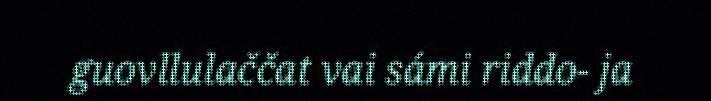
guovllulaččat vai sámi riddo- ja